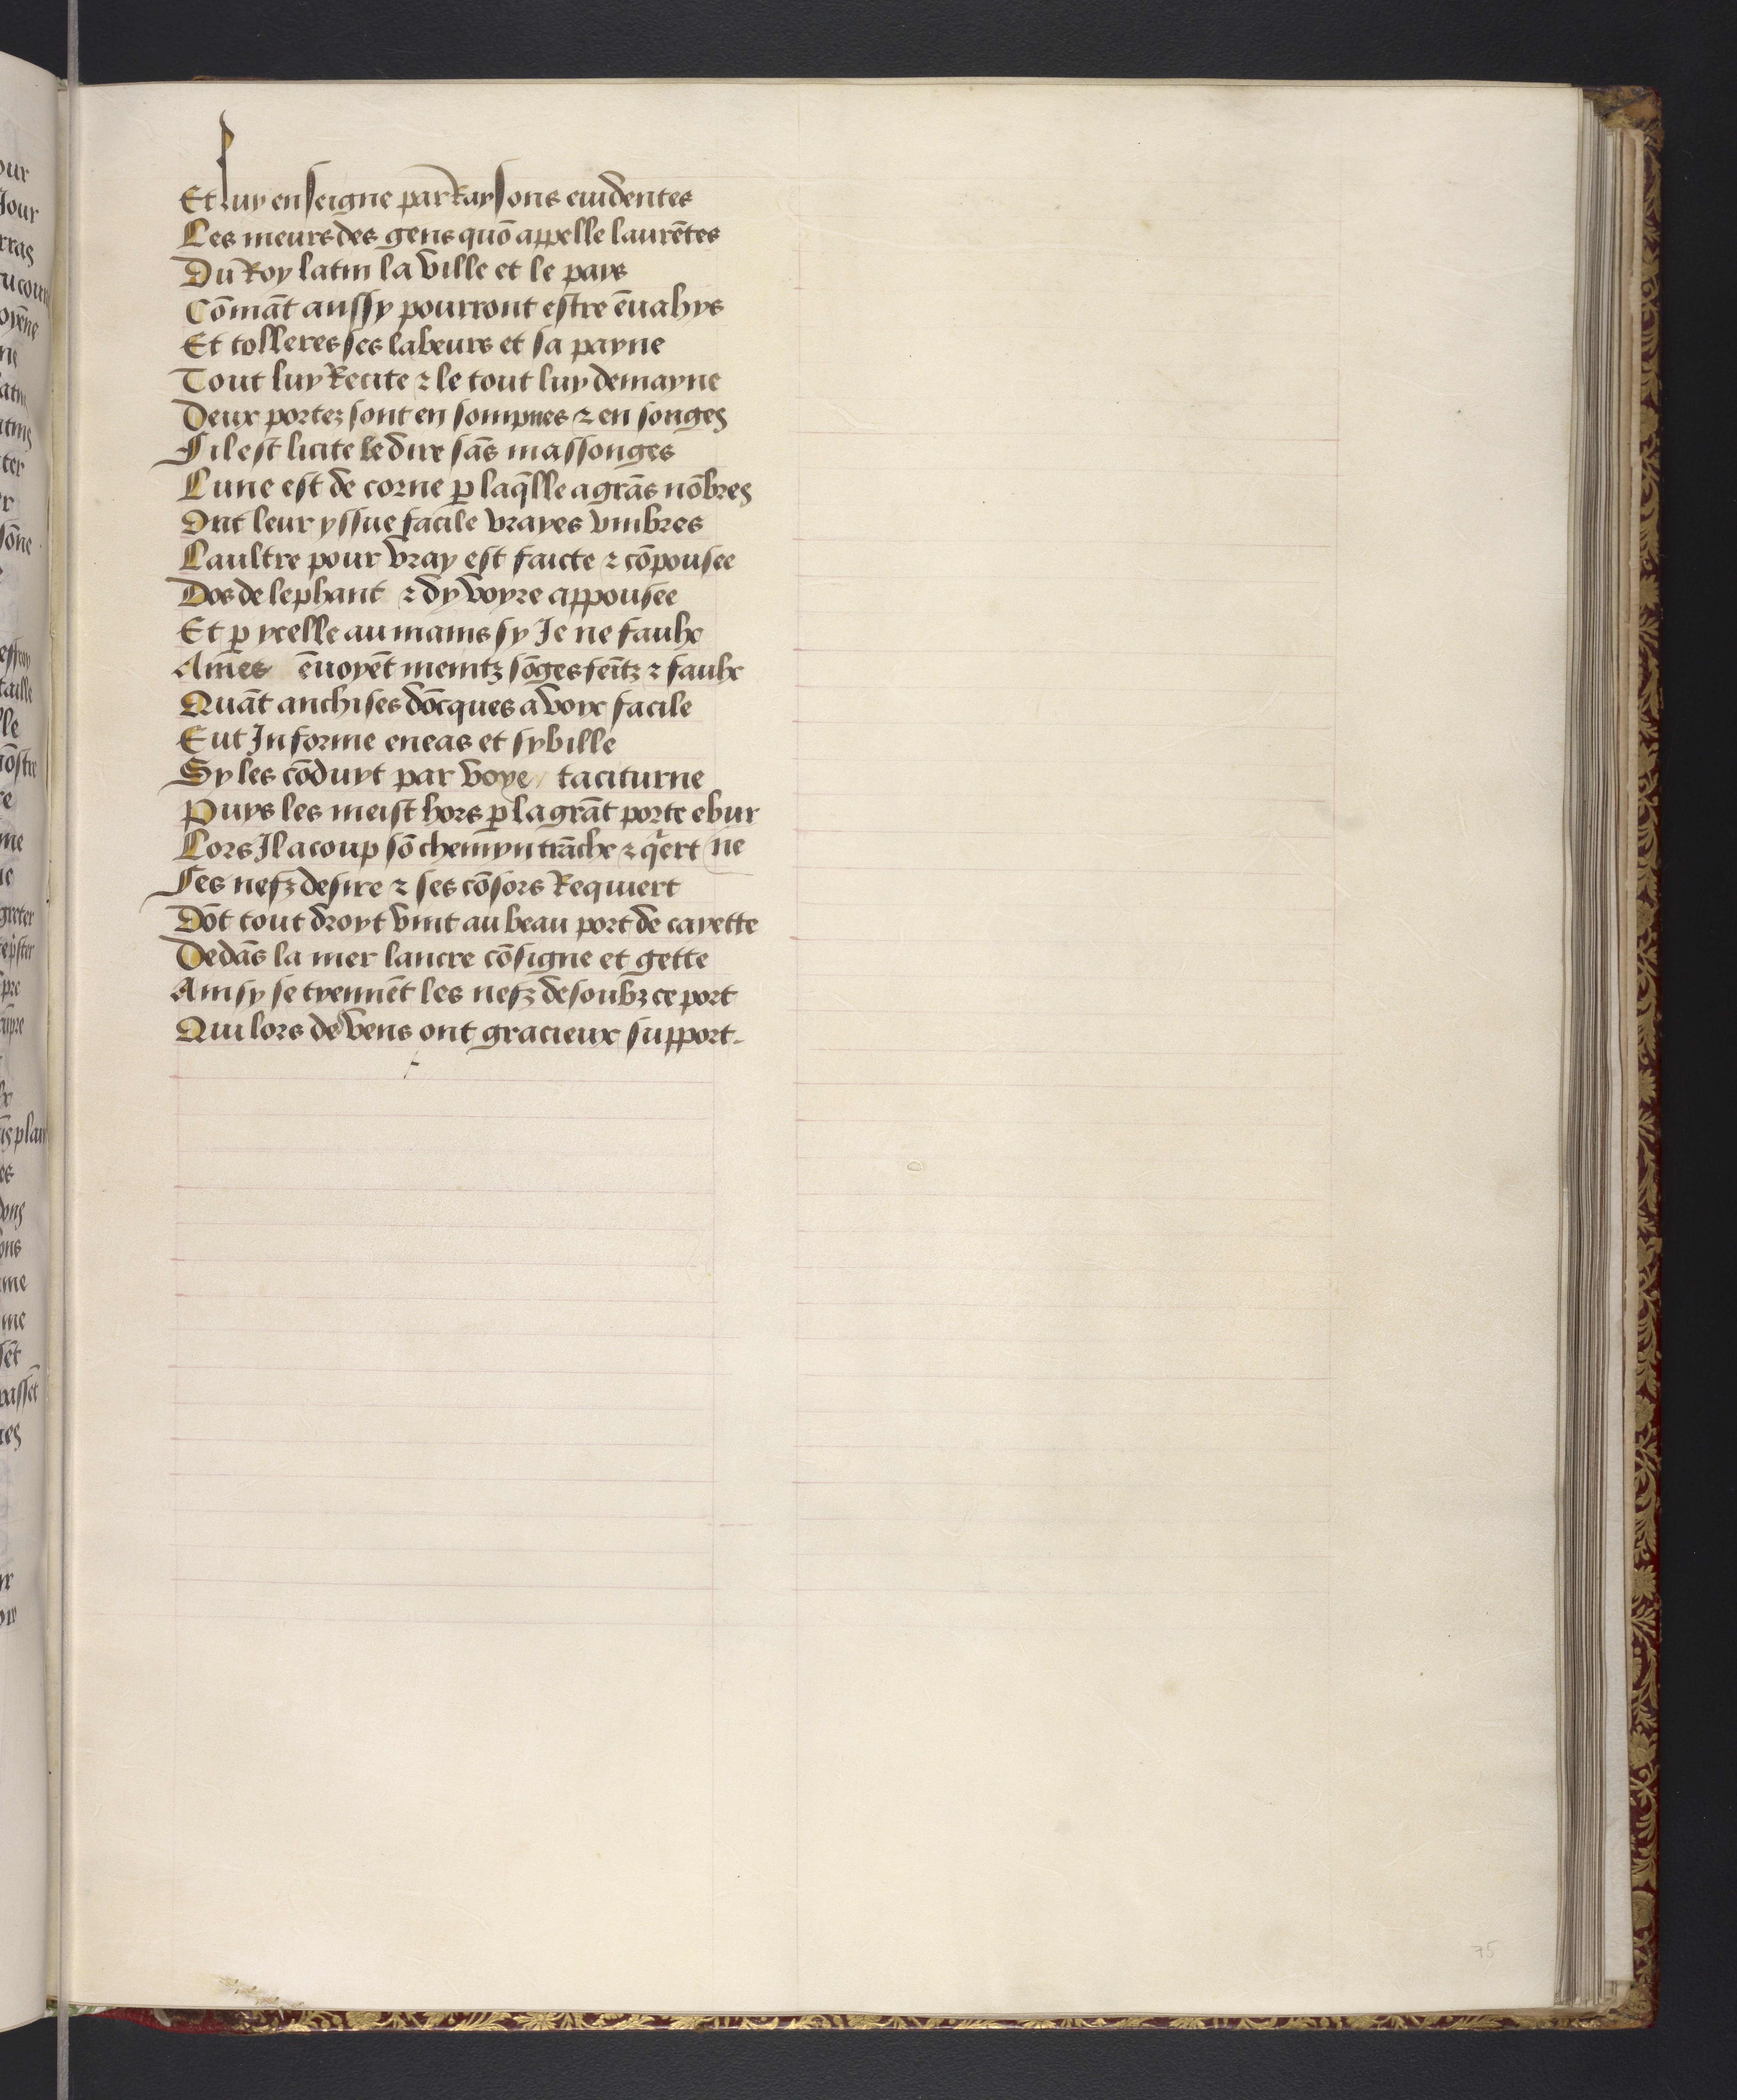
Shelfmark: Philadelphia, University of Pennsylvania, codex 909
Century: 15